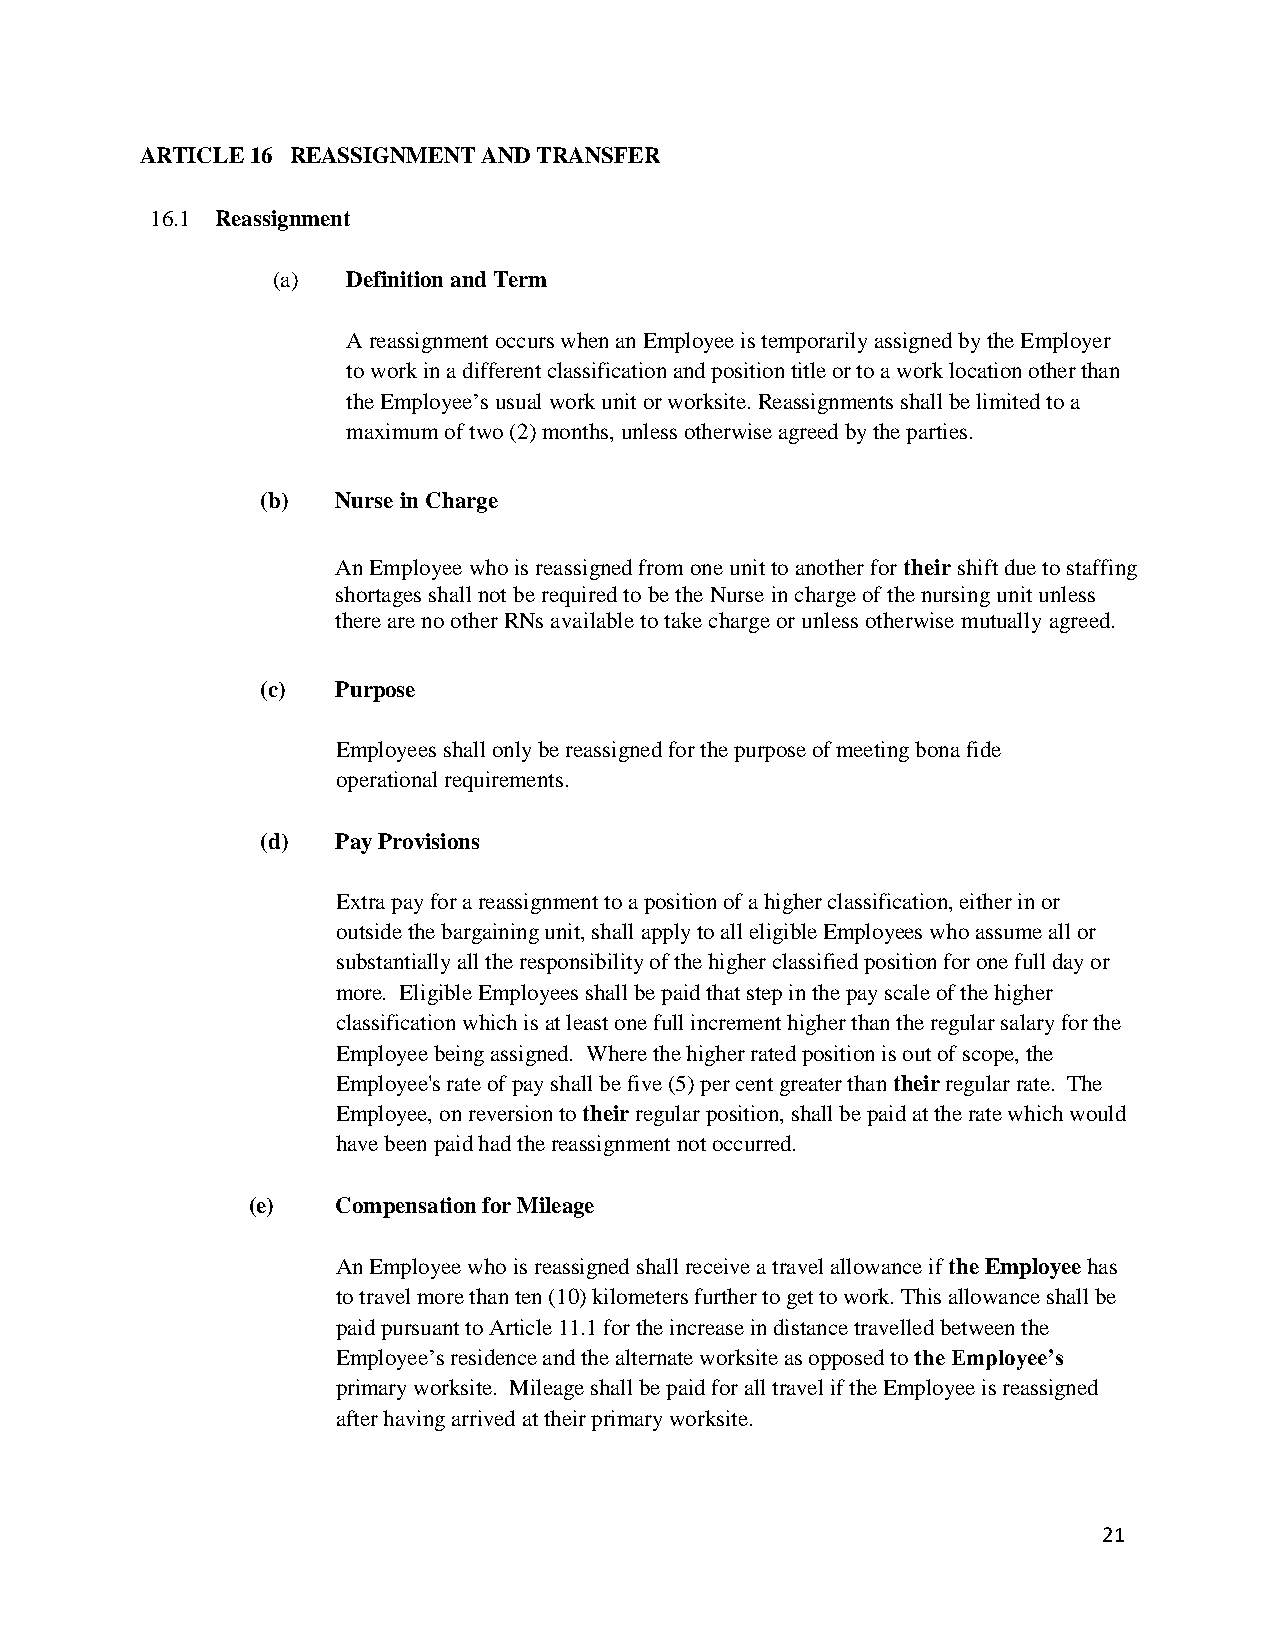
ARTICLE 16 REASSIGNMENT AND TRANSFER
 16.1 Reassignment
 (a)  Definition and Term
 A reassignment occurs when an Employee is temporarily assigned by the Employer
 to work in a different classification and position title or to a work location other than
 the Employee’s usual work unit or worksite. Reassignments shall be limited to a
 maximum of two (2) months, unless otherwise agreed by the parties.
 (b)  Nurse in Charge
 An Employee who is reassigned from one unit to another for their shift due to staffing
 shortages shall not be required to be the Nurse in charge of the nursing unit unless
 there are no other RNs available to take charge or unless otherwise mutually agreed.
 (c)  Purpose
 Employees shall only be reassigned for the purpose of meeting bona fide
 operational requirements.
 (d)  Pay Provisions
 Extra pay for a reassignment to a position of a higher classification, either in or
 outside the bargaining unit, shall apply to all eligible Employees who assume all or
 substantially all the responsibility of the higher classified position for one full day or
 more. Eligible Employees shall be paid that step in the pay scale of the higher
 classification which is at least one full increment higher than the regular salary for the
 Employee being assigned. Where the higher rated position is out of scope, the
 Employee's rate of pay shall be five (5) per cent greater than their regular rate. The
 Employee, on reversion to their regular position, shall be paid at the rate which would
 have been paid had the reassignment not occurred.
 (e)   Compensation for Mileage
 An Employee who is reassigned shall receive a travel allowance if the Employee has
 to travel more than ten (10) kilometers further to get to work. This allowance shall be
 paid pursuant to Article 11.1 for the increase in distance travelled between the
 Employee’s residence and the alternate worksite as opposed to the Employee’s
 primary worksite. Mileage shall be paid for all travel if the Employee is reassigned
 after having arrived at their primary worksite.
 21